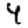
Digit: 4